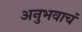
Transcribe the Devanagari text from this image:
अनुभवाचं